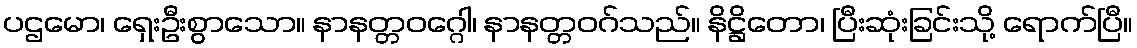
ပဌမော၊ ရှေးဦးစွာသော။ နာနတ္တဝဂ္ဂေါ၊ နာနတ္တဝဂ်သည်။ နိဋ္ဌိတော၊ ပြီးဆုံးခြင်းသို့ ရောက်ပြီ။